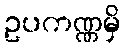
ဥပကဏ္ဏမှိ